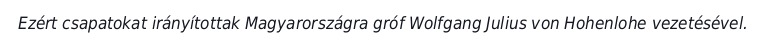
Ezért csapatokat irányítottak Magyarországra gróf Wolfgang Julius von Hohenlohe vezetésével.